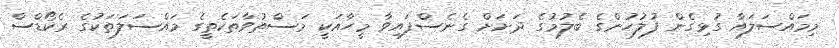
މިމައްސަލައާ ގުޅިގެން ފުލުހުންގެ ބެލުމުގެ ދަށަށް ގެނެސްފައިވާ މީހާއަކީ މަސްތުވާތަކެތީގެ މައްސަލަތަކުގެ ރެކޯޑްސް